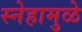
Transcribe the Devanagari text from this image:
स्नेहामुळे